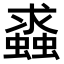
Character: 𧒔